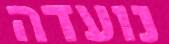
נועדה